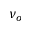
\nu _ { o }